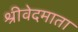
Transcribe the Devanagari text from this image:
श्रीवेदमाता